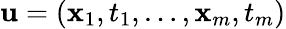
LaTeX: \mathbf{u}=(\mathbf{x}_{1},t_{1},\dots,\mathbf{x}_{m},t_{m})